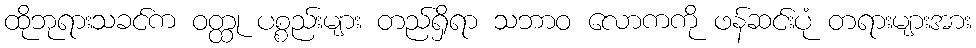
ထိုဘုရားသခင်က ဝတ္ထု ပစ္စည်းများ တည်ရှိရာ သဘာဝ လောကကို ဖန်ဆင်းပုံ တရားများအား